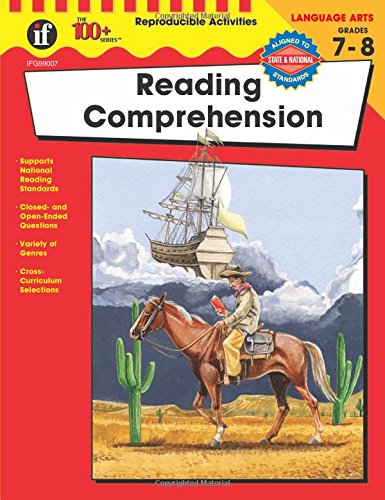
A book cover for Reading Comprehension, Grades 7 - 8 (The 100+ Series(TM)); Teen & Young Adult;